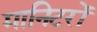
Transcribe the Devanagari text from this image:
मानिटरों